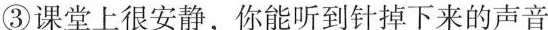
3课堂上很安静，你能听到针掉下来的声音